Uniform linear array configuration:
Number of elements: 8
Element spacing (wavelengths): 0.5
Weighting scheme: cosine
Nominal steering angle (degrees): -45
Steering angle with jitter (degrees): -43.505
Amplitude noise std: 0.05
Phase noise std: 0.05

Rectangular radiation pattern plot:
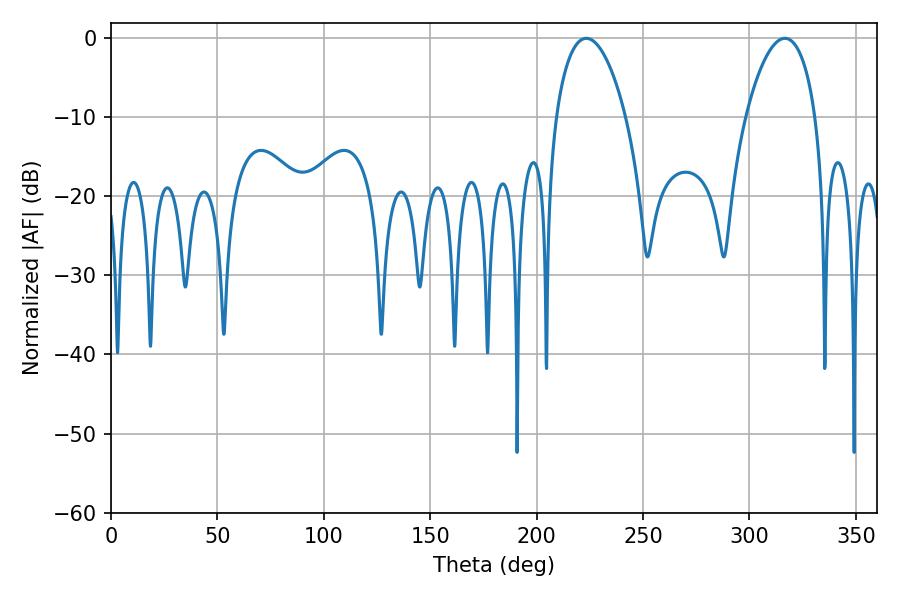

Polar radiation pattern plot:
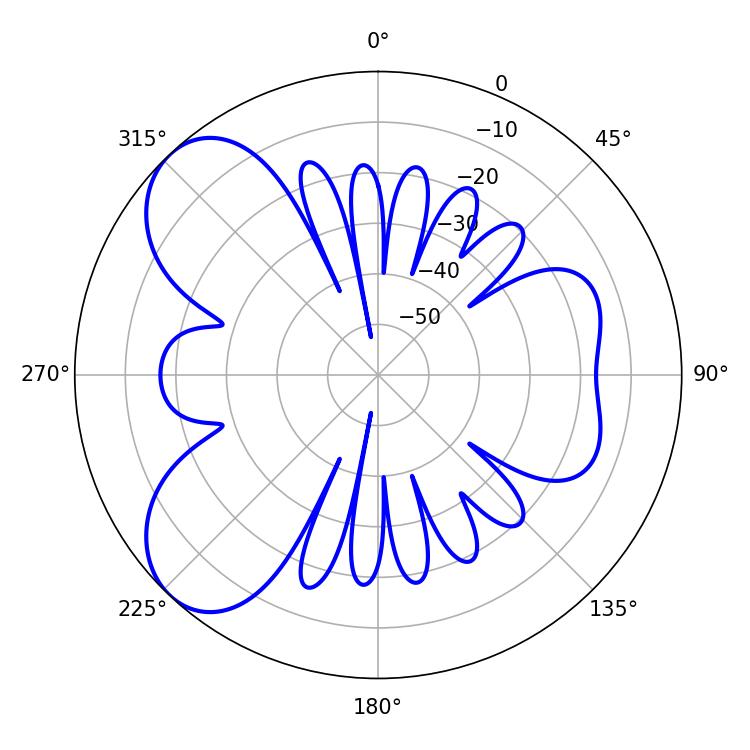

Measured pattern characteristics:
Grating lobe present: FALSE
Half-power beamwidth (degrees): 18.54
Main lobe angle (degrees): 223.38